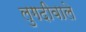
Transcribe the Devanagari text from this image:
लुगदीवाले